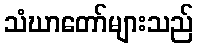
သံဃာတော်များသည်